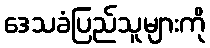
ဒေသခံပြည်သူများကို